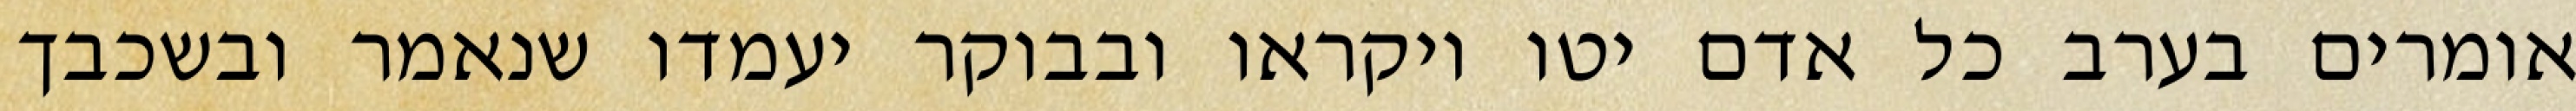
אומרים בערב כל אדם יטו ויקראו ובבוקר יעמדו שנאמר ובשכבך